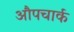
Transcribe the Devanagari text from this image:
औपचार्क